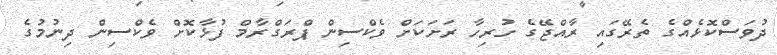
ދުވަސްކޮޅެއްގެ ތެރޭގައި ރާއްޖޭގެ ހުރިހާ ރަށަކަށް ވެކްސިން ޕްރަގްރާމް ފުޅާކޮށް ވެކްސިން ދިނުމުގެ